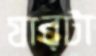
যারটা